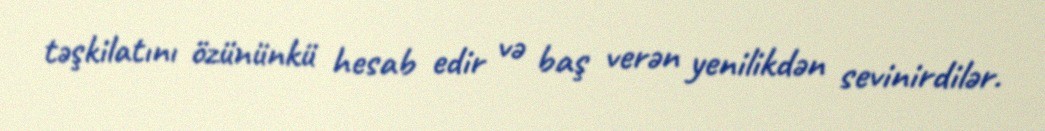
təşkilatını özününkü hesab edir və baş verən yenilikdən sevinirdilər.